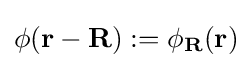
\phi (\mathbf {r} -\mathbf {R} ):=\phi _{\mathbf {R} }(\mathbf {r} )